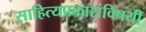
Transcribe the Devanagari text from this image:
साहित्यप्रकारांविषयी